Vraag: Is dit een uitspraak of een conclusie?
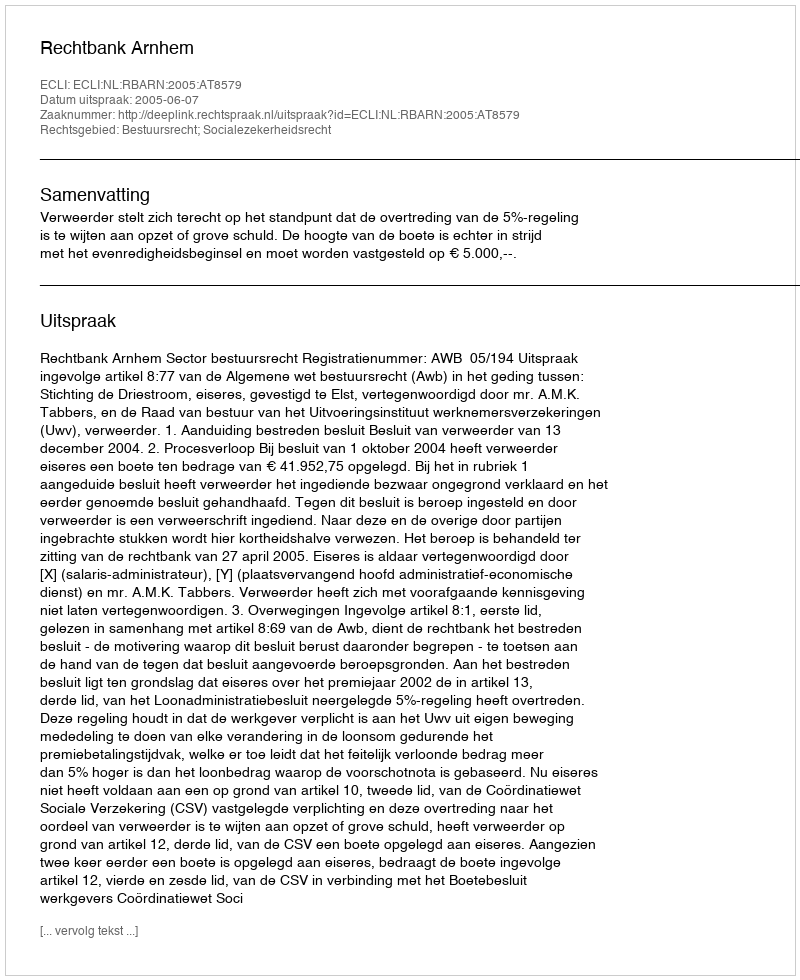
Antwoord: Uitspraak